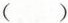
( )